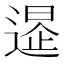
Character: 𨕲